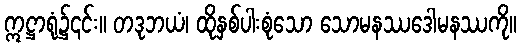
ဣဋ္ဌာရုံ၌၎င်း။ တဒုဘယံ၊ ထိုနှစ်ပါးစုံသော သောမနဿဒေါမနဿကို။